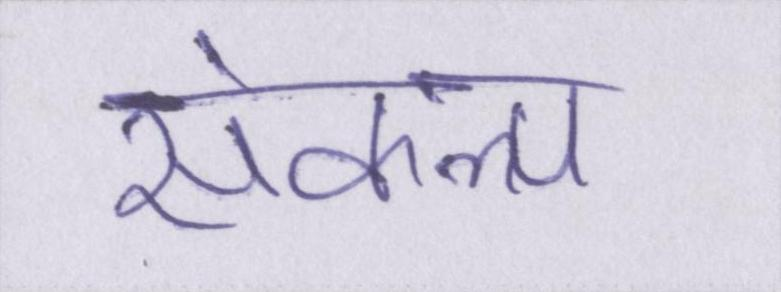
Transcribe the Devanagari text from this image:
संकल्प